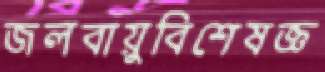
জলবায়ুবিশেষজ্ঞ